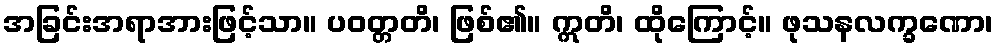
အခြင်းအရာအားဖြင့်သာ။ ပဝတ္တတိ၊ ဖြစ်၏။ ဣတိ၊ ထိုကြောင့်။ ဖုသနလက္ခဏော၊